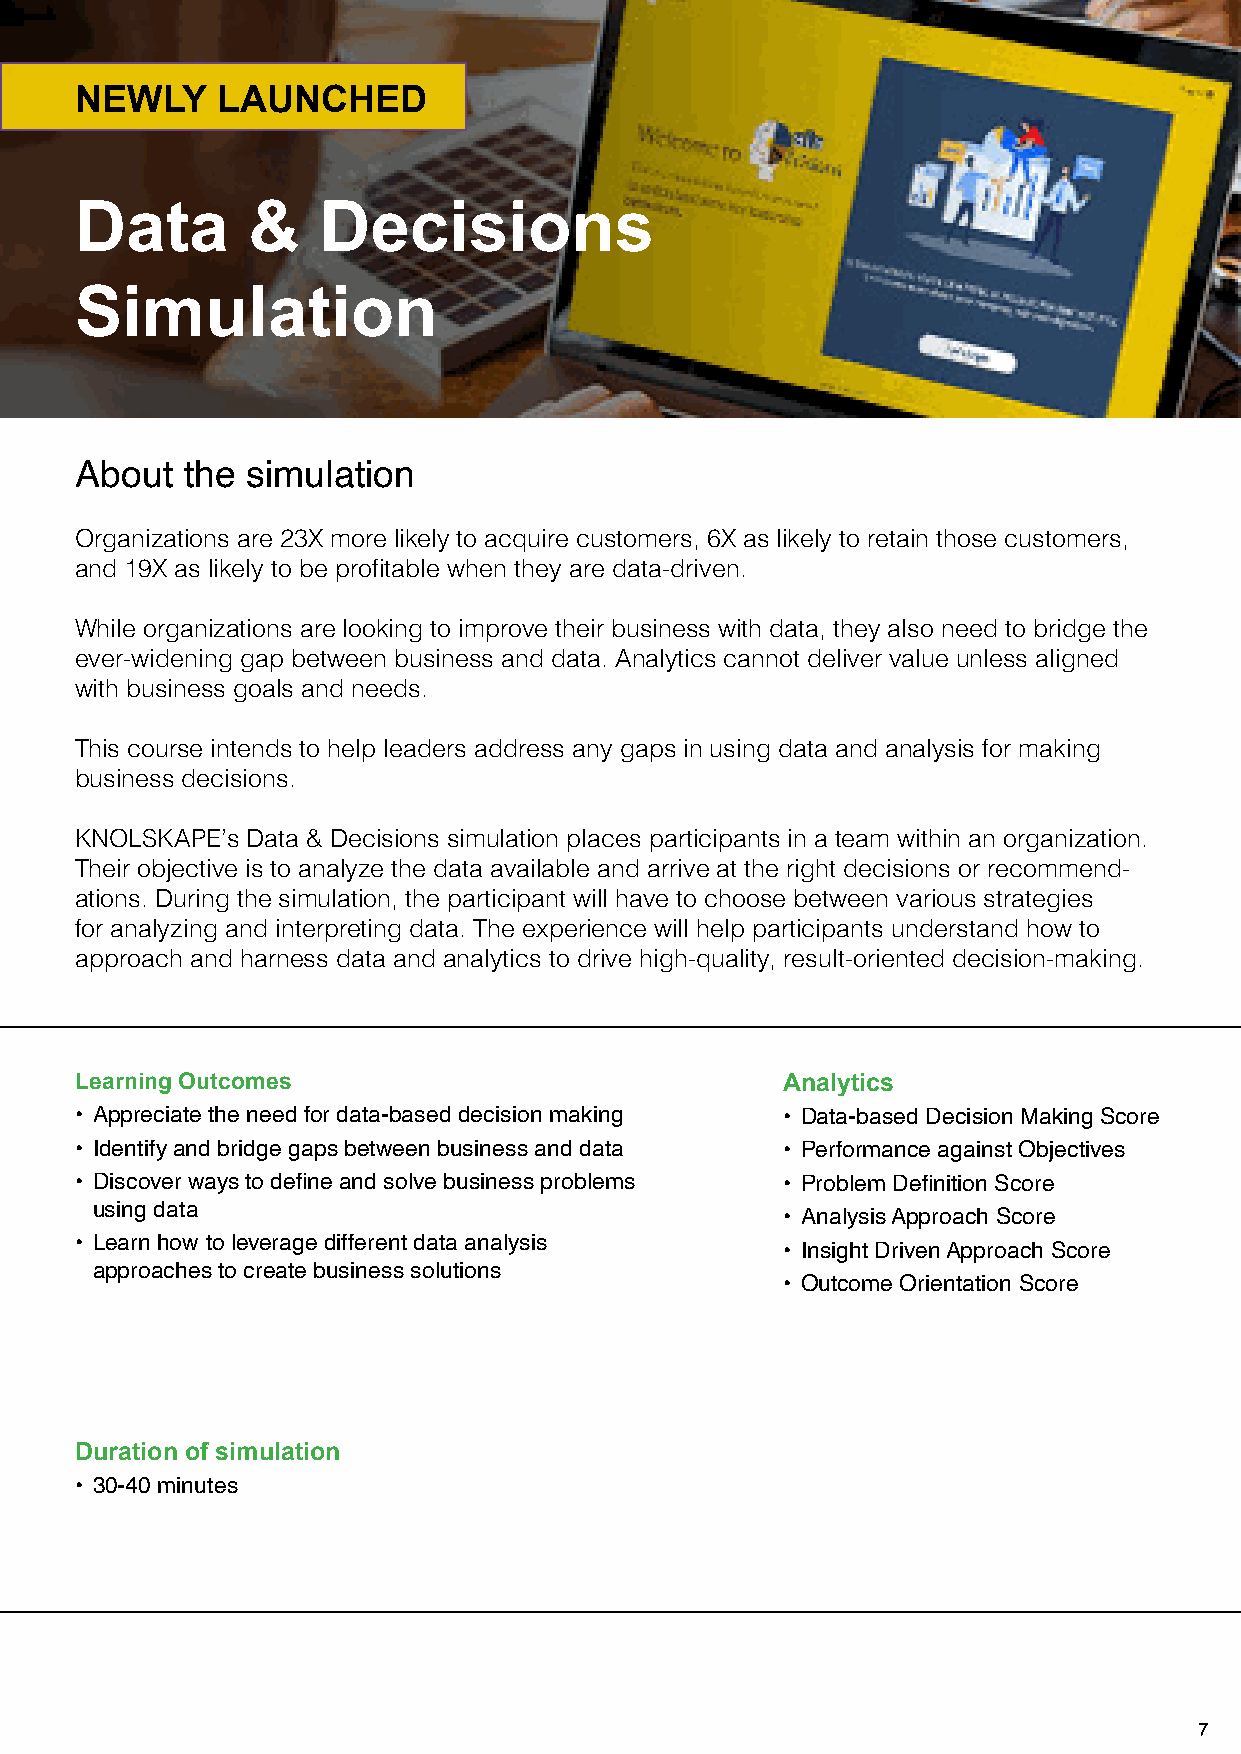
NEWLY    LAUNCHED
 Data       &    Decisions
 Simulation
 About  the simulation
 Organizations are 23X more likely to acquire customers, 6X as likely to retain those customers,
 and 19X as likely to be profitable when they are data-driven.
 While organizations are looking to improve their business with data, they also need to bridge the
 ever-widening gap between business and data. Analytics cannot deliver value unless aligned
 with business goals and needs.
 This course intends to help leaders address any gaps in using data and analysis for making
 business decisions.
 KNOLSKAPE’s Data & Decisions simulation places participants in a team within an organization.
 Their objective is to analyze the data available and arrive at the right decisions or recommend-
 ations. During the simulation, the participant will have to choose between various strategies
 for analyzing and interpreting data. The experience will help participants understand how to
 approach and harness data and analytics to drive high-quality, result-oriented decision-making.
 Learning Outcomes                              Analytics
 • Appreciate the need for data-based decision making • Data-based Decision Making Score
 • Identify and bridge gaps between business and data • Performance against Objectives
 • Discover ways to define and solve business problems • Problem Definition Score
 using data
 • Analysis Approach Score
 • Learn how to leverage different data analysis
 • Insight Driven Approach Score
 approaches to create business solutions
 • Outcome Orientation Score
 Duration of simulation
 • 30-40 minutes
 6                                                                              7